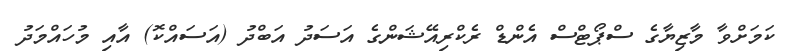
ކަމަށްވާ މާޒިޔާގެ ސްޕޯޓްސް އެންޑް ރެކްރިއޭޝަންގެ އަސަދު އަބްދު (އަސައްކޮ) އާއި މުހައްމަދު